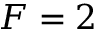
F = 2